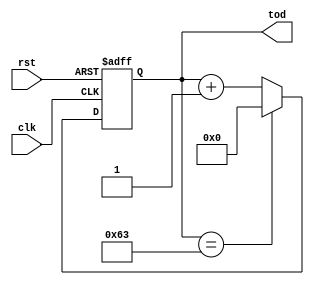
module mod100 (clk,rst,tod);
input clk;
input rst;
output [7:0] tod;


wire [7:0] ananya;
wire [7:0] tom;
wire s1;
reg [7:0] tod;

assign ananya = tod + 1;
assign s1 = tod == 99;
assign tom = s1 ? 0 :  ananya;


always @ (posedge clk or posedge rst)
 begin
  if (rst) 
		tod<=0;
  else 
		tod<=tom;
 end
 
endmodule